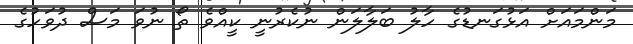
މަންމައަށް އަޅުގަނޑުގެ ހާލު ބަލާލަން ނުކެރުނީ ކީއްވެ ތޯ ނުވަ މަސް ދުވަހުގެ